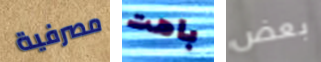
مصرفية باهت بعض